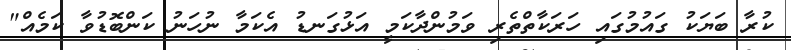
ކުރާ ބަޔަކު ގައުމުގައި ހަރަކާތްތެރި ވަމުންދާކަމީ އަޅުގަނޑު އެކަމާ ނުހަނު ކަންބޮޑުވާ ކަމެއް"